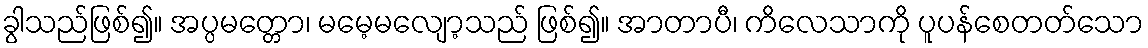
ခွါသည်ဖြစ်၍။ အပ္ပမတ္တော၊ မမေ့မလျော့သည် ဖြစ်၍။ အာတာပီ၊ ကိလေသာကို ပူပန်စေတတ်သော